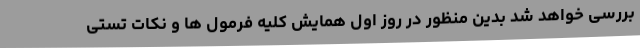
بررسی خواهد شد بدین منظور در روز اول همایش کلیه فرمول ها و نکات تستی